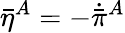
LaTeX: \bar{\eta}{}^{A}=-\dot{\bar{\pi}}{}^{A}